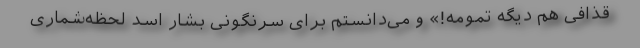
قذافی هم دیگه تمومه!» و می‌دانستم برای سرنگونی بشّار اسد لحظه‌شماری